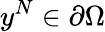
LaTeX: y^{N}\in\partial\Omega